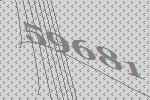
59681